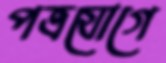
পত্রযোগে